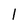
Character: 1